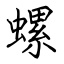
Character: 螺